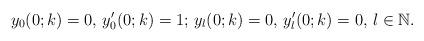
LaTeX: \begin{align*}y_0(0;k)=0,\, y_0'(0;k)=1; \,y_l(0;k)=0,\, y_l'(0;k)=0,\,l\in\mathbb{N}.\end{align*}